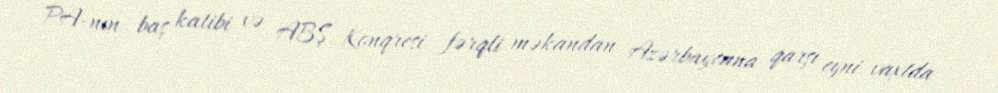
PA-nın baş katibi və ABŞ Konqresi fərqli məkandan Azərbaycana qarşı eyni vaxtda